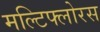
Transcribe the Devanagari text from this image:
मल्टिफ्लोरस